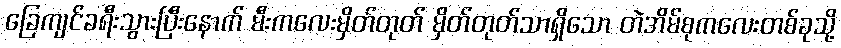
ခြေကျင်ခရီးသွားပြီးနောက် မီးကလေးမှိတ်တုတ် မှိတ်တုတ်သာရှိသော တဲအိမ်စုကလေးတစ်ခုသို့